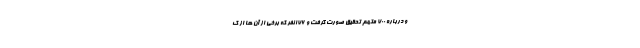
و درباره ۷۰۰ متهم تحقیق صورت گرفت و ۱۷۶ نفر که برخی از آن ها از ک